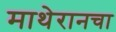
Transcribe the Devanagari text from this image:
माथेरानचा